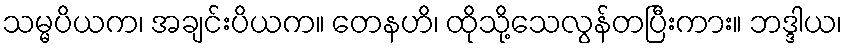
သမ္မပိယက၊ အချင်းပိယက။ တေနဟိ၊ ထိုသို့သေလွန်တပြီးကား။ ဘဒ္ဒါယ၊